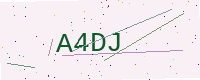
Text: A4DJ